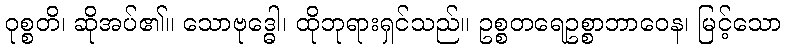
ဝုစ္စတိ၊ ဆိုအပ်၏။ သောဗုဒ္ဓေါ၊ ထိုဘုရားရှင်သည်။ ဥစ္စတရေဥစ္စာဘာဝေန၊ မြင့်သော